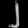
Digit: ၂